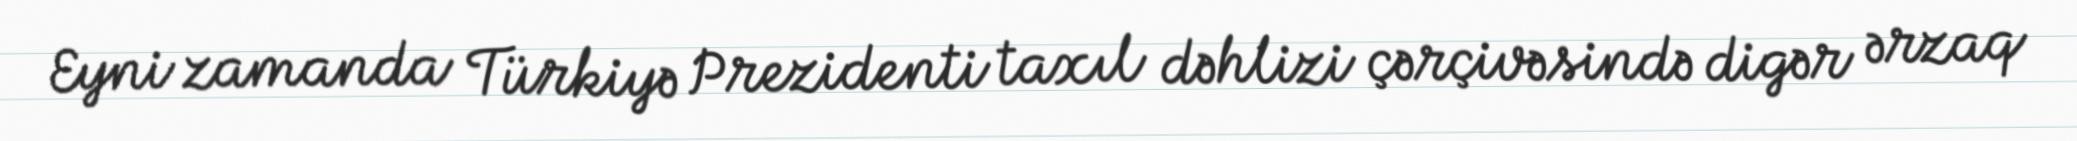
Eyni zamanda Türkiyə Prezidenti taxıl dəhlizi çərçivəsində digər ərzaq